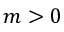
m > 0